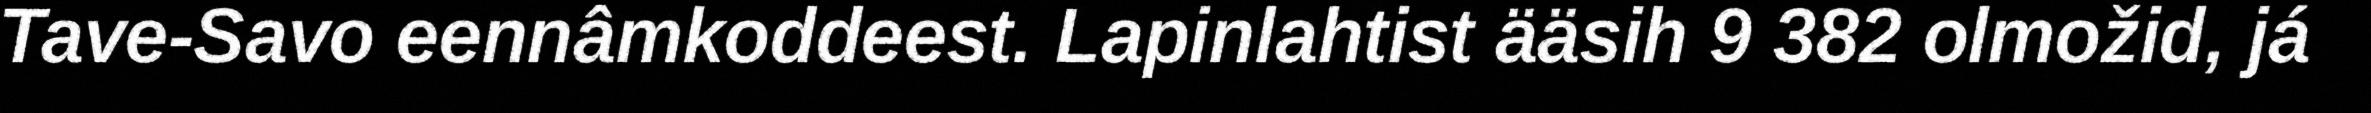
Tave-Savo eennâmkoddeest. Lapinlahtist ääsih 9 382 olmožid, já